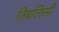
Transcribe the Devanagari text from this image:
तिबलिसी